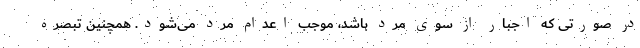
در صورتی که اجبار از سوی مرد باشد، موجب اعدام مرد می‌شود. همچنین تبصره